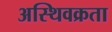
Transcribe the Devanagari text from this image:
अस्थिवक्रता